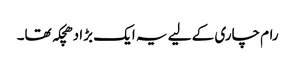
رام چاری کے لیے یہ ایک بڑا دھچکہ تھا۔